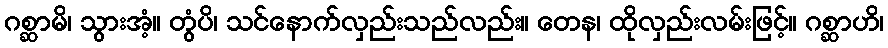
ဂစ္ဆာမိ၊ သွားအံ့။ တွံပိ၊ သင်နောက်လှည်းသည်လည်း။ တေန၊ ထိုလှည်းလမ်းဖြင့်။ ဂစ္ဆာဟိ၊